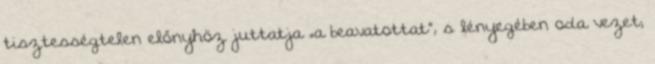
tisztességtelen előnyhöz juttatja „a beavatottat”, s lényegében oda vezet,